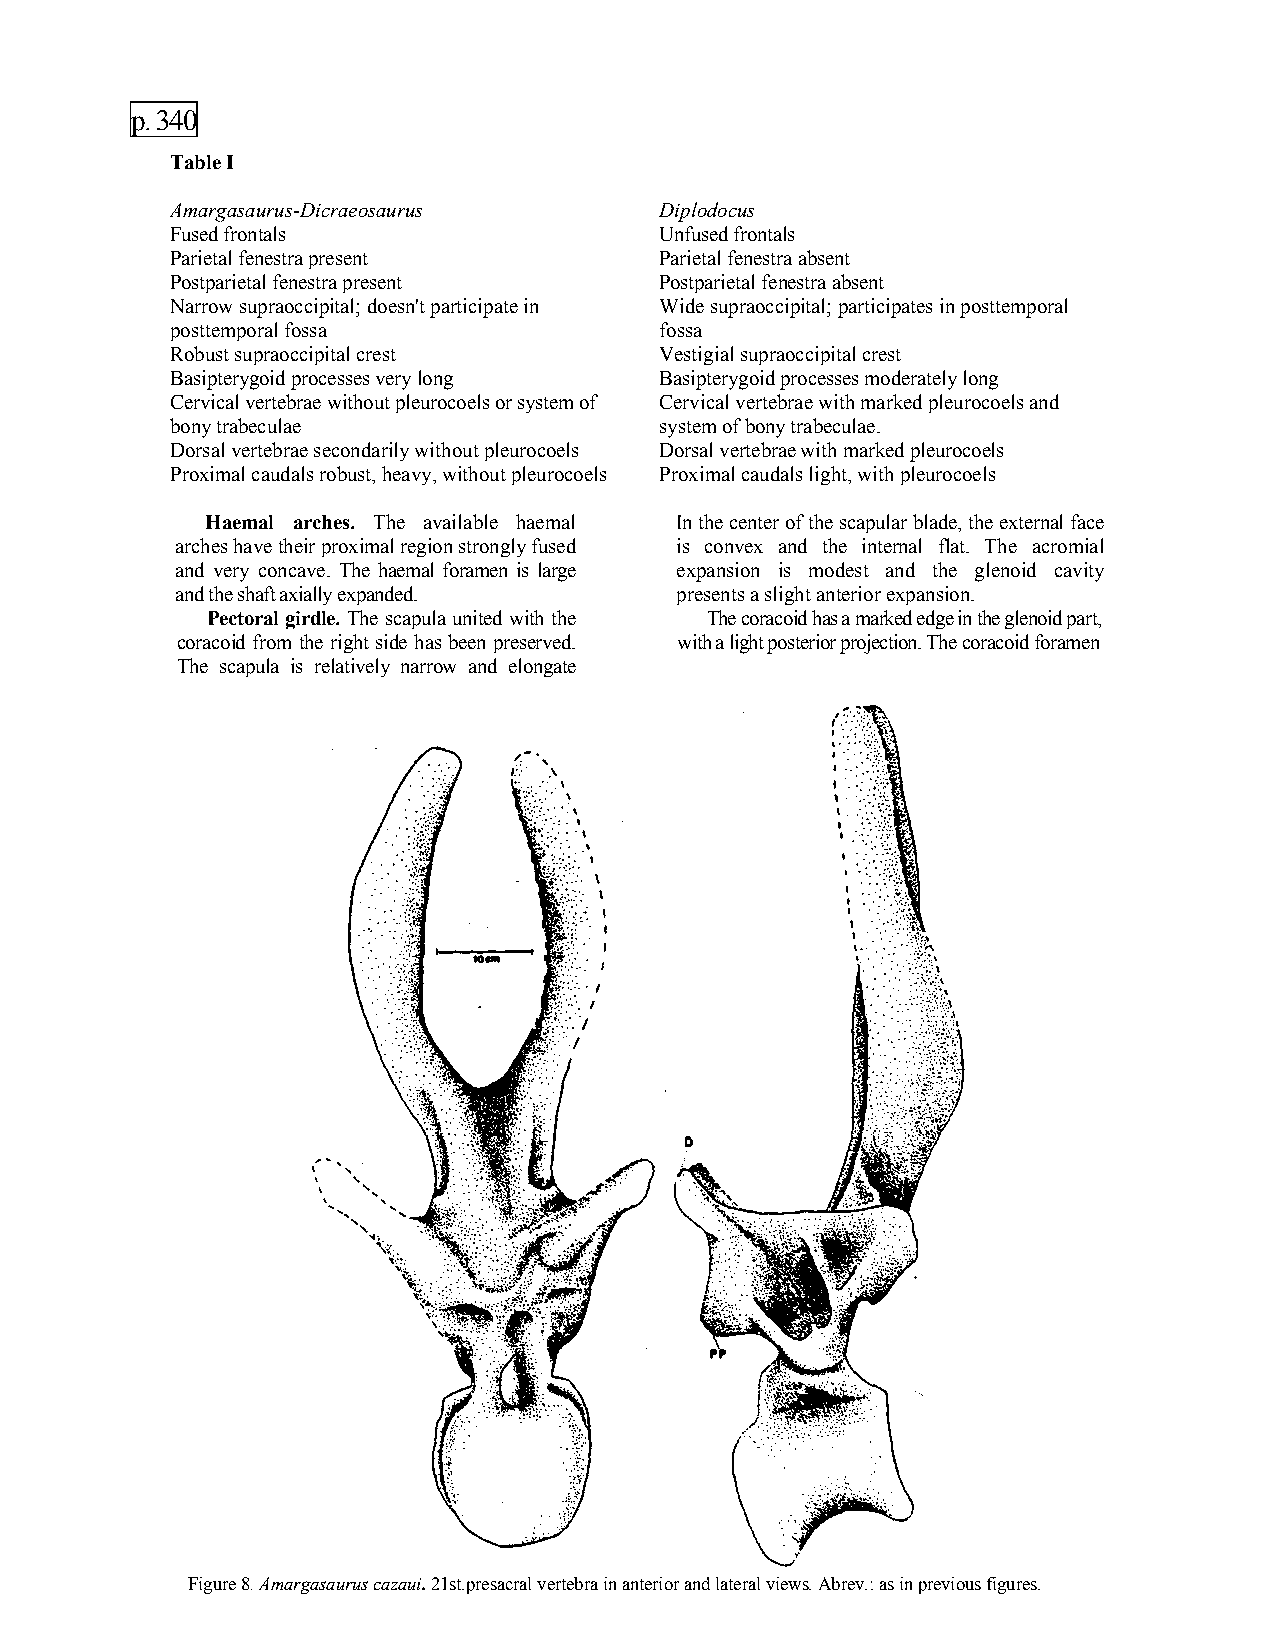
p. 340
 Table I
 Amargasaurus-Dicraeosaurus       Diplodocus
 Fused frontals                   Unfused frontals
 Parietal fenestra present        Parietal fenestra absent
 Postparietal fenestra present    Postparietal fenestra absent
 Narrow supraoccipital; doesn't participate in Wide supraoccipital; participates in posttemporal
 posttemporal fossa               fossa
 Robust supraoccipital crest      Vestigial supraoccipital crest
 Basipterygoid processes very long Basipterygoid processes moderately long
 Cervical vertebrae without pleurocoels or system of Cervical vertebrae with marked pleurocoels and
 bony trabeculae                  system of bony trabeculae.
 Dorsal vertebrae secondarily without pleurocoels Dorsal vertebrae with marked pleurocoels
 Proximal caudals robust, heavy, without pleurocoels Proximal caudals light, with pleurocoels
 Haemal arches. The available haemal In the center of the scapular blade, the external face
 arches have their proximal region strongly fused is convex and the internal flat. The acromial
 and very concave. The haemal foramen is large expansion is modest and the glenoid cavity
 and the shaft axially expanded.  presents a slight anterior expansion.
 Pectoral girdle. The scapula united with the The coracoid has a marked edge in the glenoid part,
 coracoid from the right side has been preserved. with a light posterior projection. The coracoid foramen
 The scapula is relatively narrow and elongate
 with a light dorsal expansion.
 Figure 8. Amargasaurus cazaui. 21st.presacral vertebra in anterior and lateral views. Abrev.: as in previous figures.